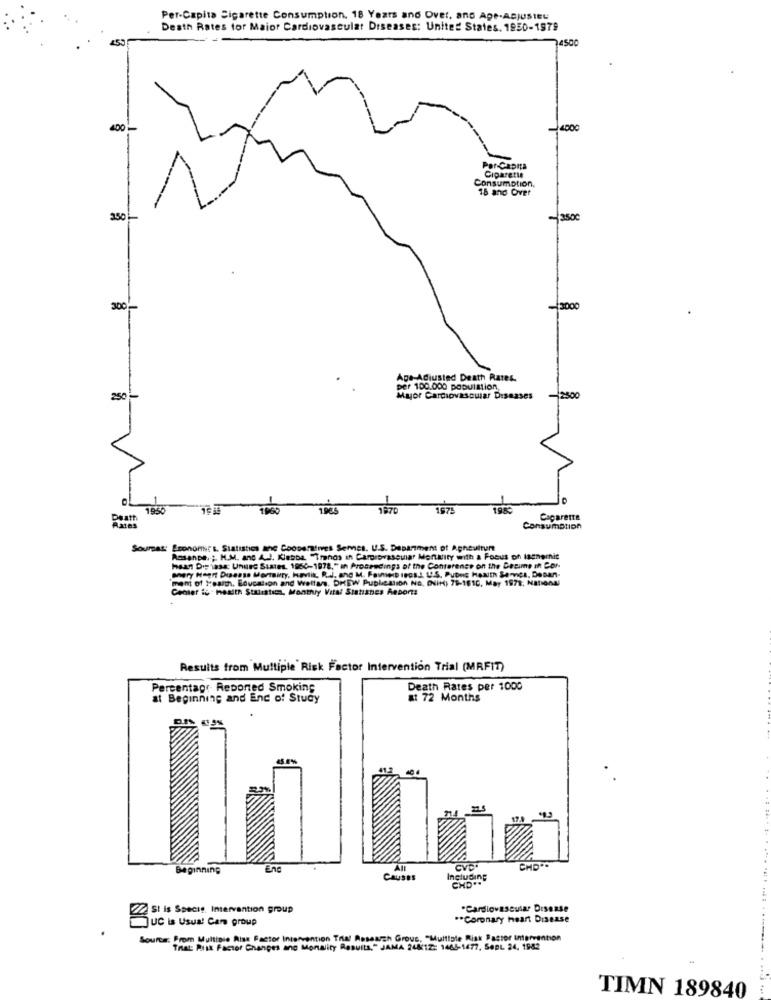
Per-Capita Sigarette Consumption. 18 Years and Over, and Ape-ASJUSIEU
Death Rates for Maior Cardiovascular Diseases: United States. 1950-1979
1450¢
400
4000
Per-Capita
Cipareti
Consumption,
18 and Over
250
3500
300'
Age-Adiusted Death Rates.
per 100.000 population
250
Myjor Cardiovascular Diseases
2500
1950
19ES
1975
198*
Death
Cacarette
Rates
Consumption
Soumat: Economit's. Statistics ane Cooperatives Seres. U.S. Department of Aghculture
RosanDe. ;. M.M. ano A.J. Kletba "Trends in Cardiovascular Mortality with a Focus oh Ischernic
haan De lase: UnHrc States. 1950-1878," In Proceedings of the Conte
ent of t:earth, Education and welfare, DREW Publication NO, ONIH) 78-1610, May 1978, National
Center ic - health Statistics, Monthly Vita! Statines Reports
Results from Multiple Risk Factor Intervention Trial (MRFIT)
Percentage Reported Smoking
Death Rates per 1000
at Beginning and End of Study
at 72 Months
Beginning
Att
CVC"
CAUSES
Including
CHD **
SI is Specis Intervention group
"Cardiovascular Disease
UC is Usual Care group
** Coronary heart Disease
Source: From Multiple Risk Factor Intervention Tria! Research Grous, "Multiple Risk Pastor Intervention
That: Risk Factor Changes and Morality Results," JAMA 24812: 1465-1677, Sept 24, 1982
TIMN 189840